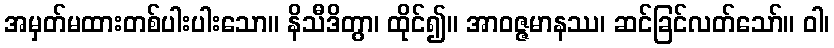
အမှတ်မထားတစ်ပါးပါးသော။ နိသီဒိတွာ၊ ထိုင်၍။ အာဝဇ္ဇမာနဿ၊ ဆင်ခြင်လတ်သော်။ ဝါ၊